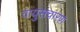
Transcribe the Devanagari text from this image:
वायुसंचारण